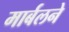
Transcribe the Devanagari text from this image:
मार्बलने